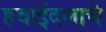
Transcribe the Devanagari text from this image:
हवाईदलाचे